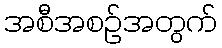
အစီအစဉ်အတွက်